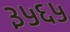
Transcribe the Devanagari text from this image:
३५६५